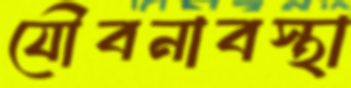
যৌবনাবস্থা